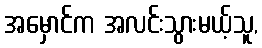
အမှောင်က အလင်းသွားမယ့်သူ,